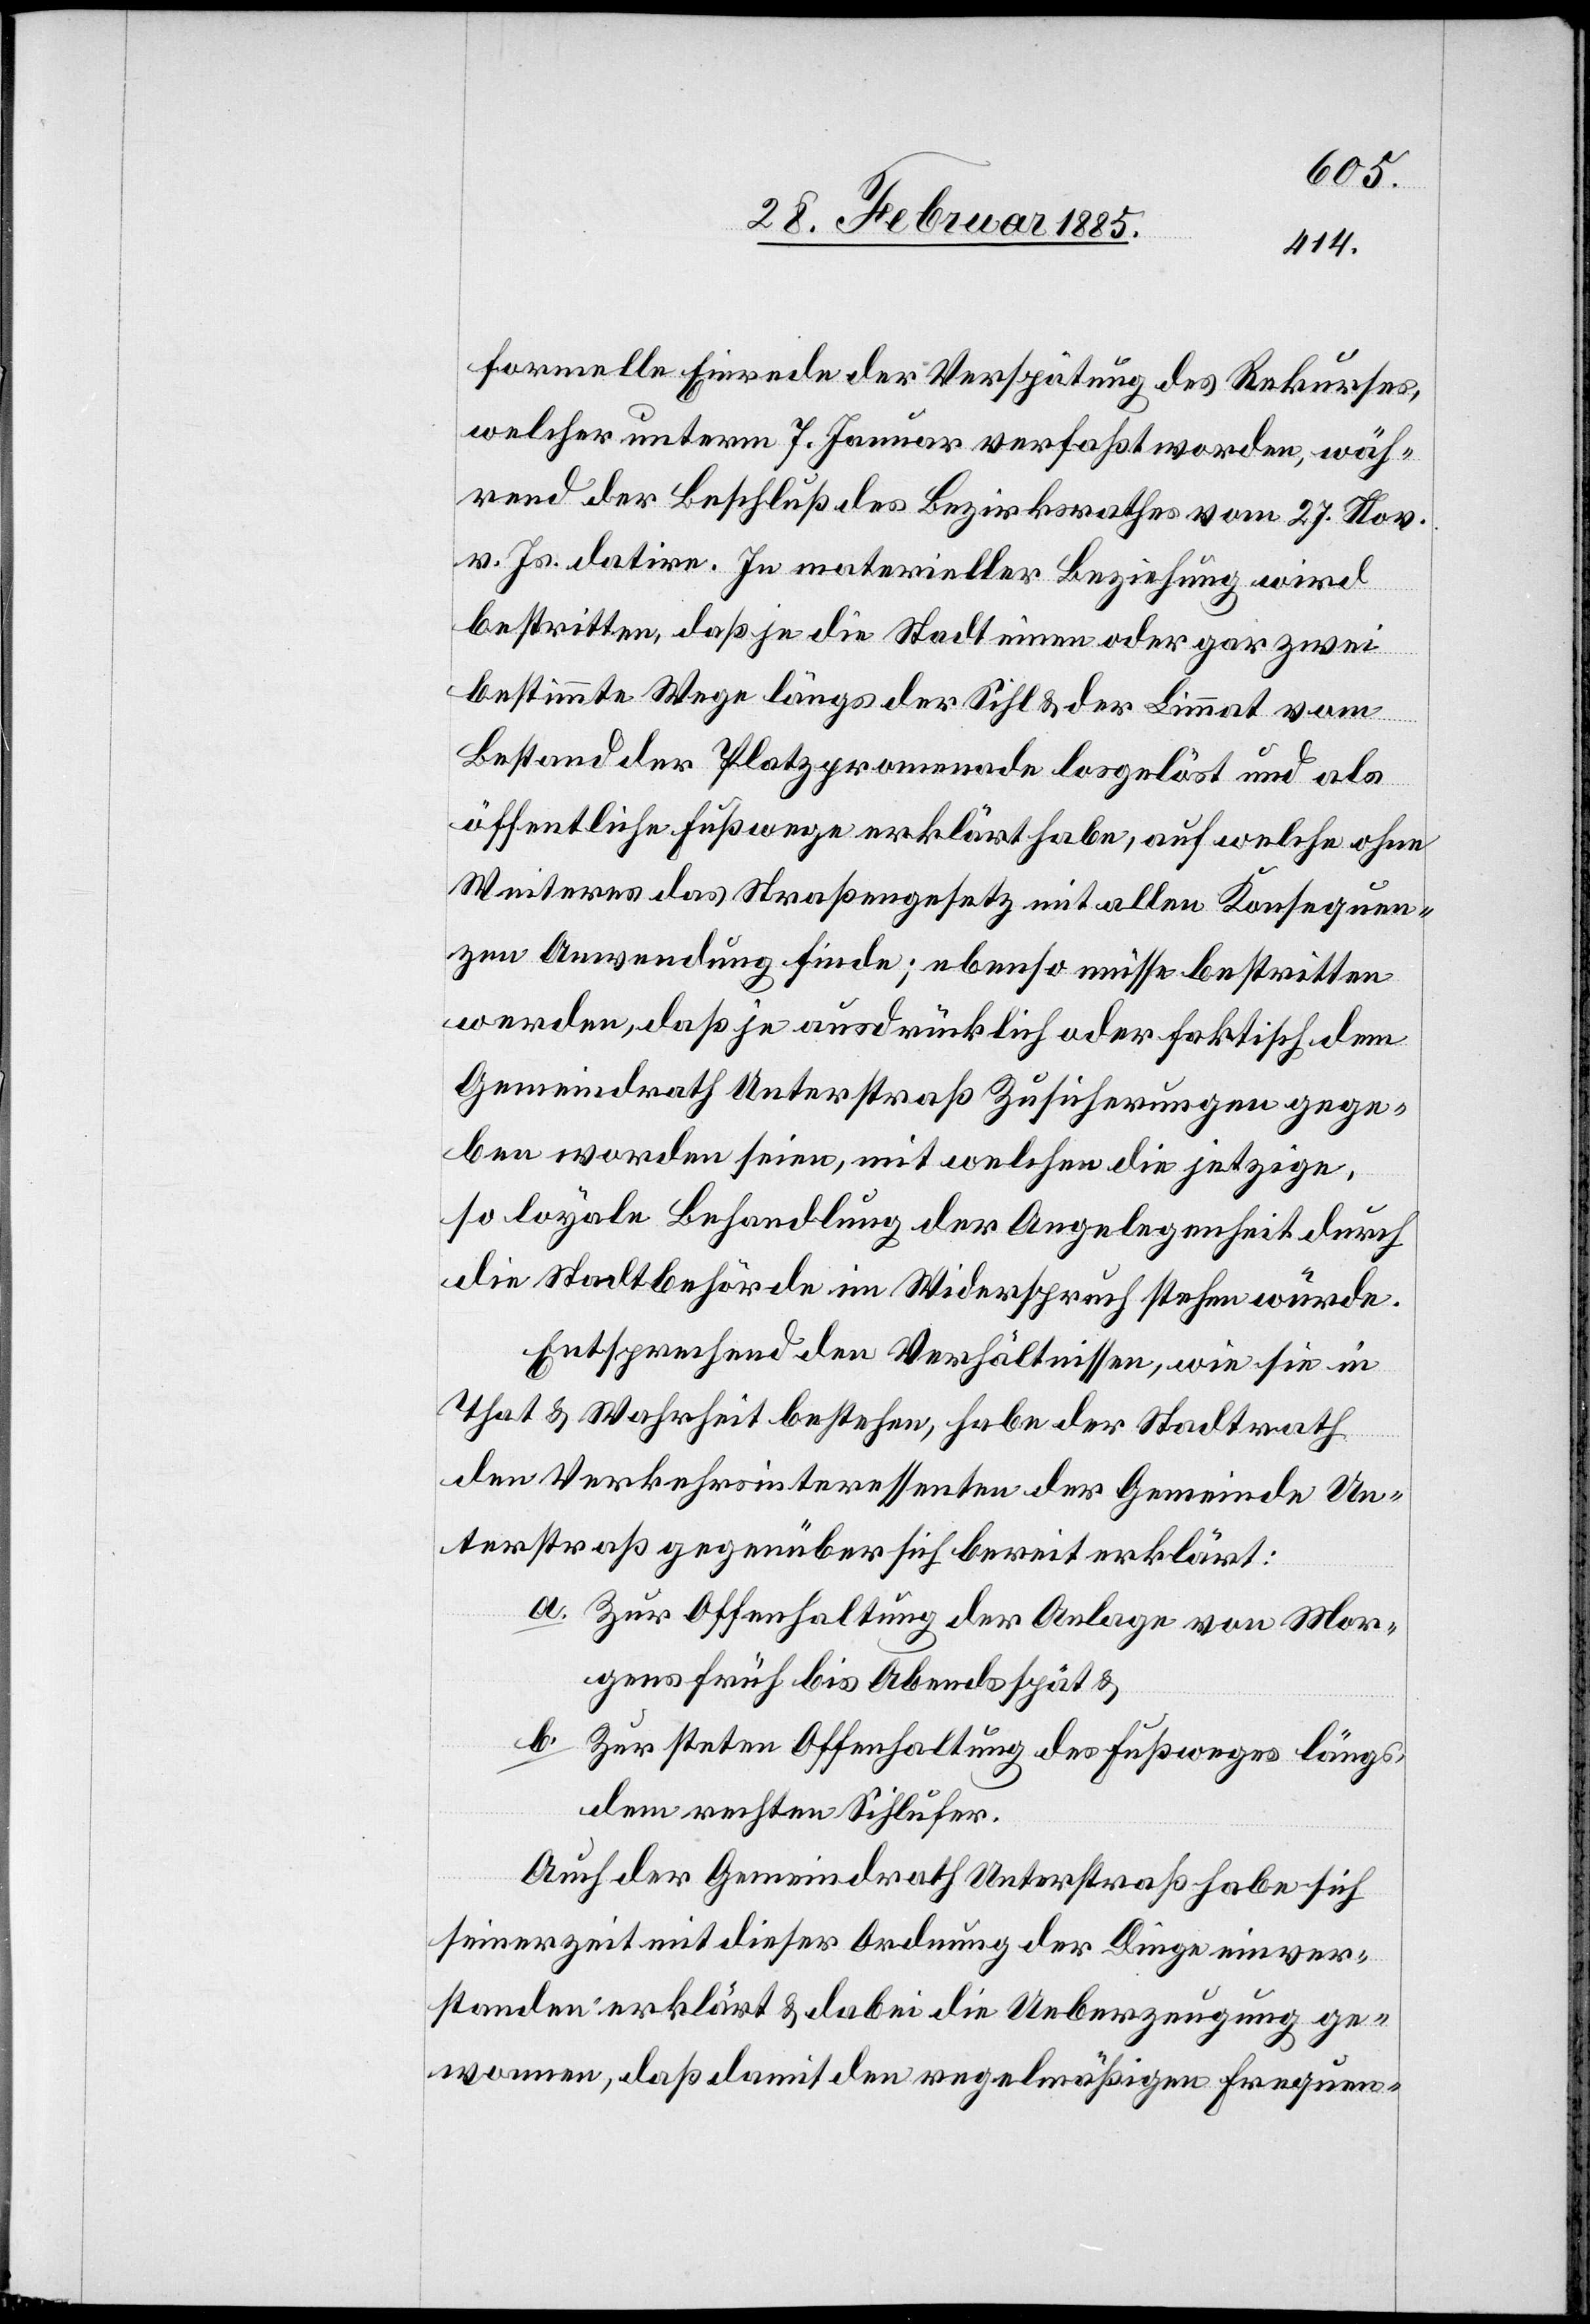
formelle Einrede der Verspätung des Rekurses,
welcher unterm 7. Januar verfaßt worden, wäh¬
rend der Beschluß des Bezirksrathes vom 27. Nov.
v. Js. datire. In materieller Beziehung wird
bestritten, daß je die Stadt einen oder gar zwei
bestimmte Wege längs der Sihl & der Limmat vom
Bestand der Platzpromenade losgelöst und als
öffentliche Fußwege erklärt habe, auf welche ohne
weiteres das Straßengesetz mit allen Konsequen¬
zen Anwendung finde; ebenso müsse bestritten
werden, daß je ausdrücklich oder faktisch dem
Gemeindrath Unterstraß Zusicherungen gege¬
ben worden seien, mit welchen die jetzige,
so loyale Behandlung der Angelegenheit durch
die Stadtbehörde im Widerspruch stehen würde.
Entsprechend den Verhältnissen, wie sie in
That & Wahrheit bestehen, habe der Stadtrath
den Verkehrsinteressen der Gemeinde Un¬
terstraß gegenüber sich bereit erklärt:
a. Zur Offenhaltung der Anlage von Mor¬
gens früh bis Abends spät &
b. Zur steten Offenhaltung des Fußweges längs
dem rechten Sihlufer.
Auch der Gemeindrath Unterstraß habe sich
seinerzeit mit dieser Ordnung der Dinge einver¬
standen erklärt & dabei die Ueberzeugung ge¬
wonnen, daß damit den regelmäßigen Frequen-